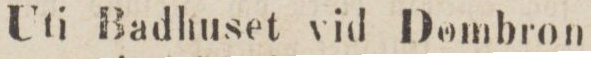
Uti Badhuset vid Dombron